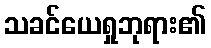
သခင်ယေရှုဘုရား၏